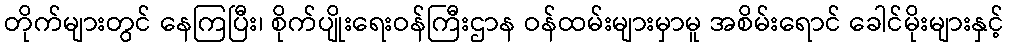
တိုက်များတွင် နေကြပြီး၊ စိုက်ပျိုးရေးဝန်ကြီးဌာန ဝန်ထမ်းများမှာမူ အစိမ်းရောင် ခေါင်မိုးများနှင့်